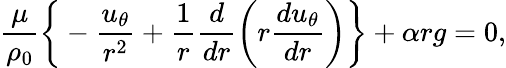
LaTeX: \frac{\mu}{\rho_{0}}\bigg\{ -\frac{u_{\theta}}{r^{2}}+\frac{1}{r}\frac{d}{dr}\left(r\frac{du_{\theta}}{dr}\right)\bigg\} +\alpha rg=0,